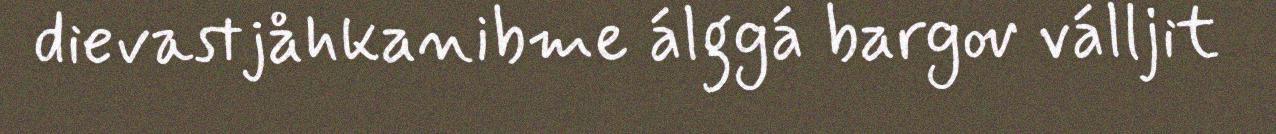
dievastjåhkanibme álggá bargov válljit